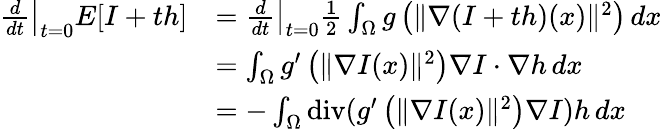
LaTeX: {\begin{array}{rl}{\left.{\frac{d}{dt}}\right|_{t=0}E[I+th]}&{={\frac{d}{dt}}{\big|}_{t=0}{\frac{1}{2}}\int_{\Omega}g\left(\| \nabla(I+th)(x)\| ^{2}\right)\, dx}\\ &{=\int_{\Omega}g^{\prime}\left(\| \nabla I(x)\| ^{2}\right)\nabla I\cdot\nabla h\, dx}\\ &{=-\int_{\Omega}\operatorname{div}(g^{\prime}\left(\| \nabla I(x)\| ^{2}\right)\nabla I)h\, dx}\end{array}}